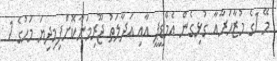
މޭ 1ގެ މުޒާހަރާއާ ގުޅިގެން އެމްޑީޕީ އާއި އަދާލަތު ޖޫރިމަނާކޮށްފިމިދިޔަ މަހުގެ 1